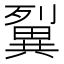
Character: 𤳓